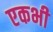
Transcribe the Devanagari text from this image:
एकभी